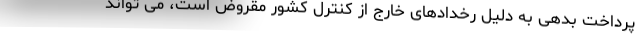
پرداخت بدهی به دلیل رخدادهای خارج از کنترل کشور مقروض است، می تواند